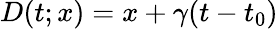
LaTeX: D(t;x)=x+\gamma(t-t_{0})